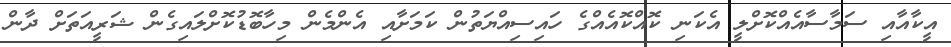
އީކާއާއި ސަމާސާއެއްކޮށްލީ އެކަނި ކޮއްކޮއެއްގެ ހައިސިއްޔަތުން ކަމަށާއި އެންމެން މިހާބޮޑުކޮށްލައިގެން ޝަރީއަތަށް ދާން